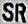
SR